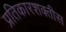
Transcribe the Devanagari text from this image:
प्रतिकारशक्तीस